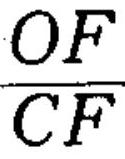
$\frac{OF}{CF}$